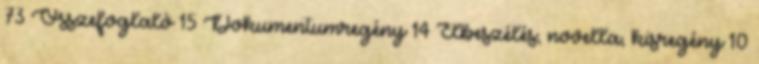
73 Összefoglaló 15 Dokumentumregény 14 Elbeszélés, novella, kisregény 10